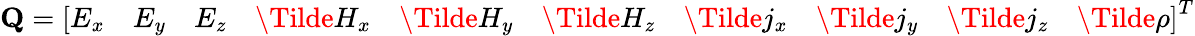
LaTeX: \mathbf{Q}=\left[E_{x}\quad E_{y}\quad E_{z}\quad\Tilde{H}_{x}\quad\Tilde{H}_{y}\quad\Tilde{H}_{z}\quad\Tilde{j}_{x}\quad\Tilde{j}_{y}\quad\Tilde{j}_{z}\quad\Tilde{\rho}\right]^{T}